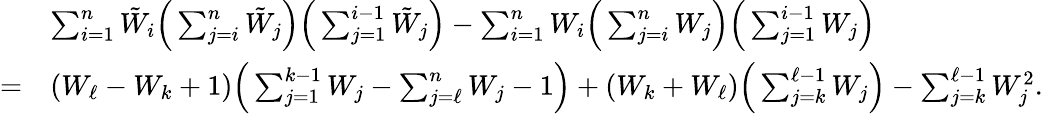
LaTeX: \begin{array}{rl}&{\sum_{i=1}^{n}{\tilde{W}}_{i}\Big(\sum_{j=i}^{n}{\tilde{W}}_{j}\Big)\Big(\sum_{j=1}^{i-1}{\tilde{W}}_{j}\Big)-\sum_{i=1}^{n}W_{i}\Big(\sum_{j=i}^{n}W_{j}\Big)\Big(\sum_{j=1}^{i-1}W_{j}\Big)}\\ {=}&{(W_{\ell}-W_{k}+1)\Big(\sum_{j=1}^{k-1}W_{j}-\sum_{j=\ell}^{n}W_{j}-1\Big)+(W_{k}+W_{\ell})\Big(\sum_{j=k}^{\ell-1}W_{j}\Big)-\sum_{j=k}^{\ell-1}W_{j}^{2}.}\end{array}